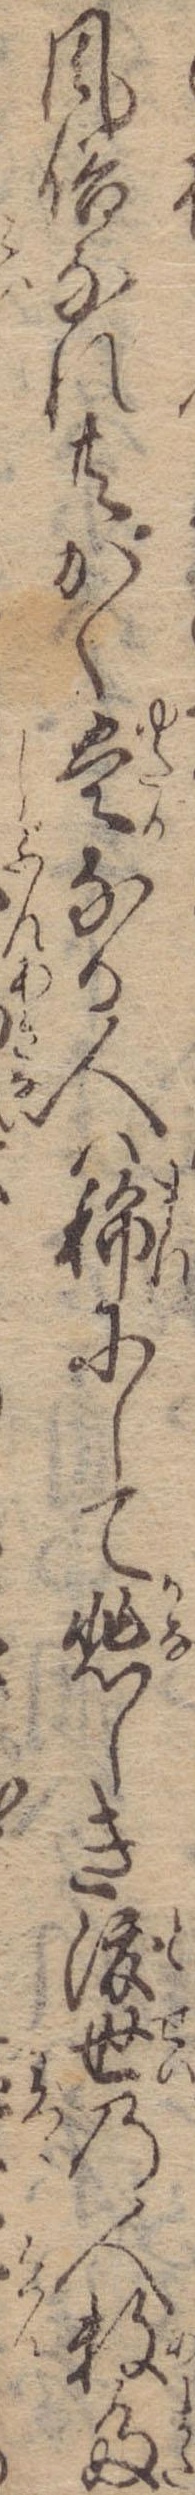
風俗なれ共かく豊なる人は稀にして悲しき渡世の人数多